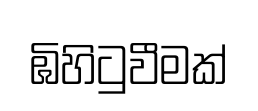
ඹිහිටුවීමක්